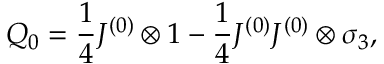
Q _ { 0 } = \frac { 1 } { 4 } J ^ { ( 0 ) } \otimes 1 - \frac { 1 } { 4 } J ^ { ( 0 ) } J ^ { ( 0 ) } \otimes \sigma _ { 3 } ,